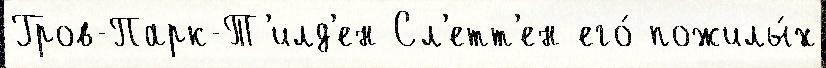
Гров-Парк-Т'илд'ен Сл'етт'ен его́ пожилы́х